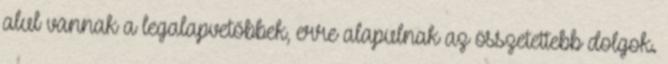
alul vannak a legalapvetőbbek, erre alapulnak az összetettebb dolgok.